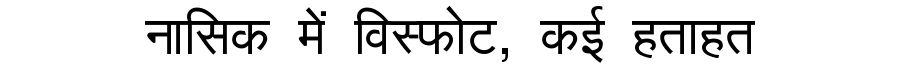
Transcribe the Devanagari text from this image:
नासिक में विस्फोट, कई हताहत